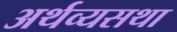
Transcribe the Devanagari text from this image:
अर्थव्यसथा